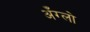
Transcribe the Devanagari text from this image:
अँग्लो